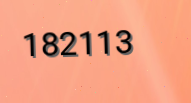
182113